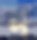
দ